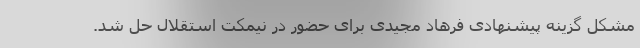
مشکل گزینه پیشنهادی فرهاد مجیدی برای حضور در نیمکت استقلال حل شد.